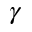
\gamma